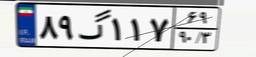
۰۰گ۴۵۶۳۲